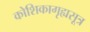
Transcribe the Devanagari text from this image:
कोशिकागृह्यसूत्र